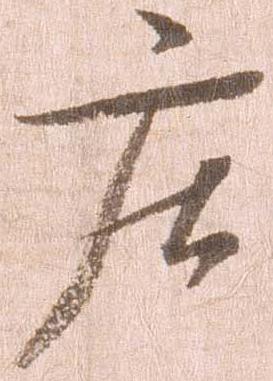
庄